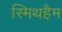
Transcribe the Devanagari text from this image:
स्मिथहैम